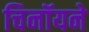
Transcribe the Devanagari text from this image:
चिनॉयने